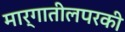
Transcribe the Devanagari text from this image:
मार्गातीलपरकी